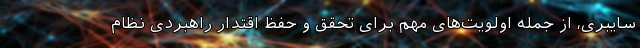
سایبری، از جمله اولویت‌های مهم برای تحقق و حفظ اقتدار راهبردی نظام